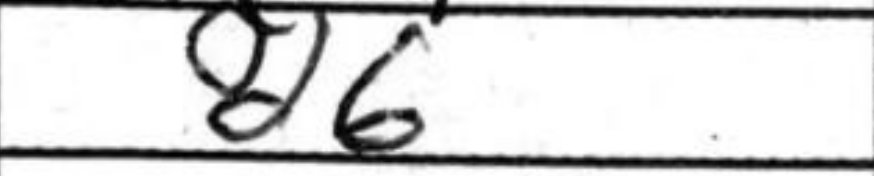
Transcription: d6